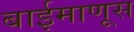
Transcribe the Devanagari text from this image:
बाईमाणूस